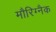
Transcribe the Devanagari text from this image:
मौरिग्नैक